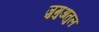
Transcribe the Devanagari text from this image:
जुमुअतुल